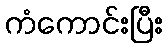
ကံကောင်းပြီး